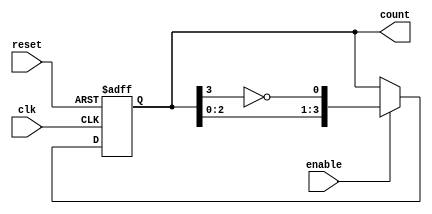
module johnson_counter (
    input wire clk,           // Clock input
    input wire reset,         // Asynchronous reset input
    input wire enable,        // Enable signal to control counting
    output reg [3:0] count    // 4-bit counter output
);

// Always block triggered on the rising edge of the clock or reset
always @(posedge clk or posedge reset) begin
    if (reset) begin
        // Asynchronous reset: initialize the counter to 0
        count <= 4'b0000;
    end else if (enable) begin
        // Johnson counter operation when enable is high
        count <= {count[2:0], ~count[3]}; // Shift left and feed in inverted last bit
    end
    // If enable is low, retain the current state
end

endmodule